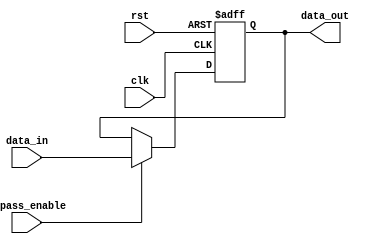
module Cascade_Bypass_Register(
    input wire clk,
    input wire rst,
    input wire bypass_enable,
    input wire [7:0] data_in,
    output wire [7:0] data_out
);

reg [7:0] buffer_register;

always @(posedge clk or posedge rst) begin
    if (rst) begin
        buffer_register <= 8'b0;
    end else begin
        if (bypass_enable) begin
            buffer_register <= data_in;
        end
    end
end

assign data_out = buffer_register;

endmodule